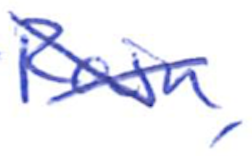
Text: Rain,
Cross-out: cross
Writing tool: ballpoint